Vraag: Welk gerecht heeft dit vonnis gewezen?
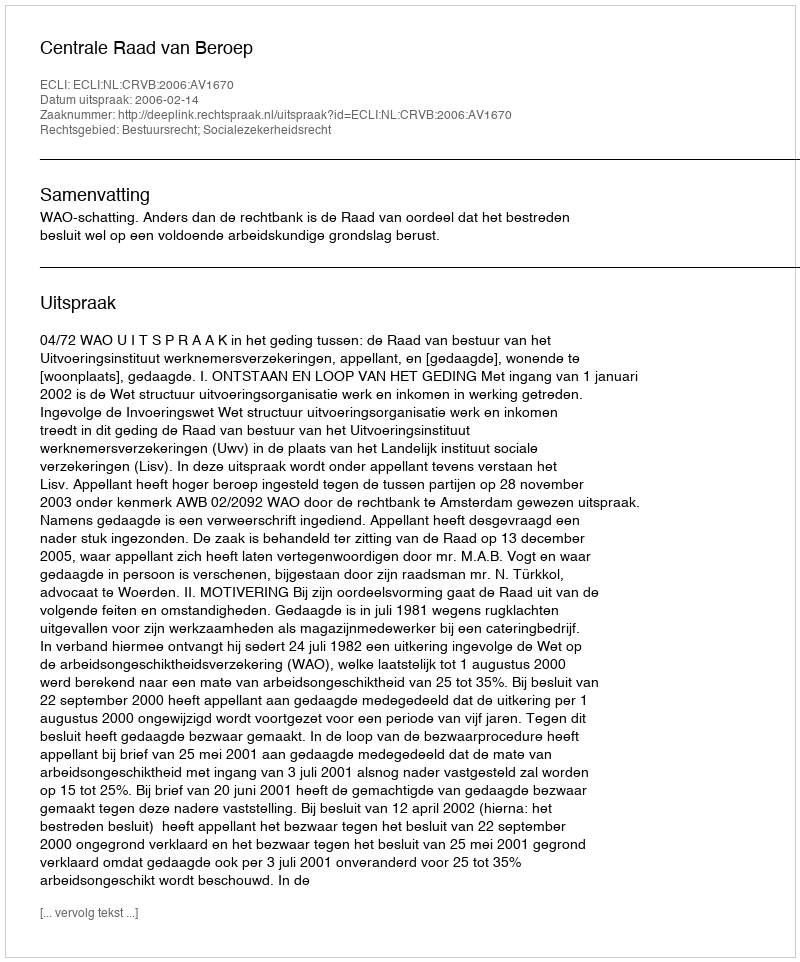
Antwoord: Centrale Raad van Beroep